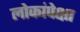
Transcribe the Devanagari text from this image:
लोकांपेक्षा